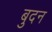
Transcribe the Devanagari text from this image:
बुदन